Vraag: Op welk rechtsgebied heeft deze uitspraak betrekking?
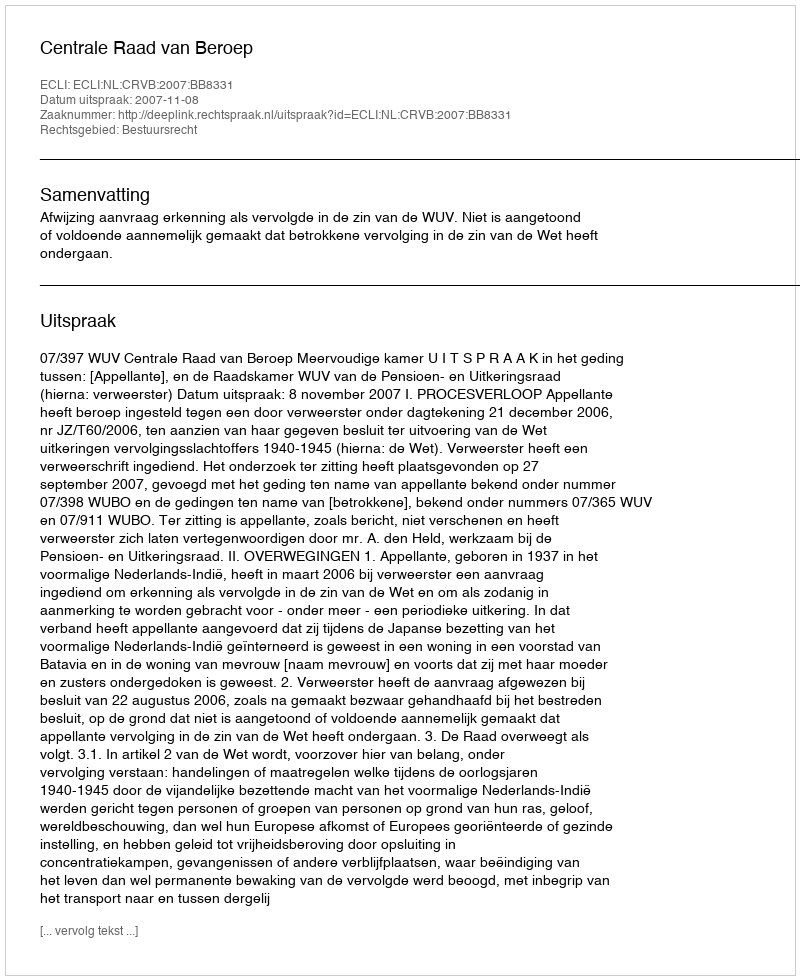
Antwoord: Bestuursrecht